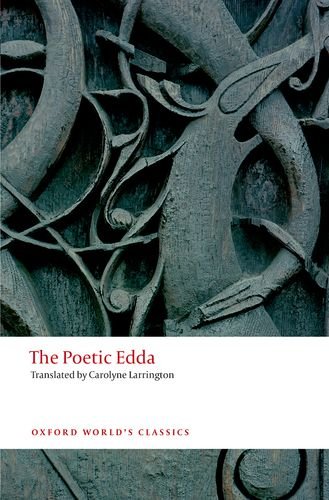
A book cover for The Poetic Edda (Oxford World's Classics); Literature & Fiction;